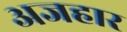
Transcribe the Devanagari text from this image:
अजहार